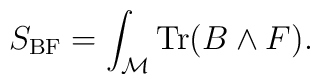
S_{\rm BF} = \int_{\cal M} {\rm Tr} (B\wedge F).